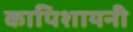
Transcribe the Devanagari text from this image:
कापिशायनी